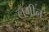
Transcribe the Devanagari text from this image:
लमीन